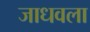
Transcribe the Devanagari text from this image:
जाधवला